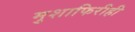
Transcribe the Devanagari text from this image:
मुशाफिरीही